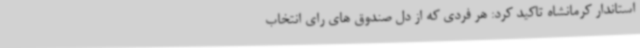
استاندار کرمانشاه تاکید کرد: هر فردی که از دل صندوق های رای انتخاب